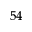
^ { 5 4 }